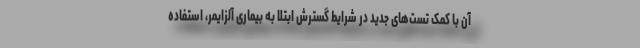
آن با کمک تست‌های جدید در شرایط گسترش ابتلا به بیماری آلزایمر، استفاده